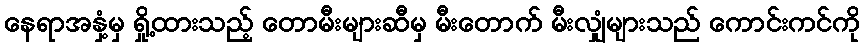
နေရာအနှံ့မှ ရှို့ထားသည့် တောမီးများဆီမှ မီးတောက် မီးလျှံများသည် ကောင်းကင်ကို